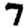
Digit: 7